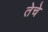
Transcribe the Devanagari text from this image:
तेचे